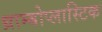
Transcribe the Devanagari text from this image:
थ्राम्बोप्लास्टिक